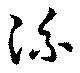
流